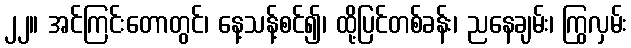
၂၂။ အင်ကြင်းတောတွင်၊ နေ့သန့်စင်၍၊ ထို့ပြင်တစ်ခန်း၊ ညနေချမ်း၊ ကြွလှမ်း